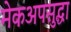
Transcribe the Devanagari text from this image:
मेकअपसुद्धा